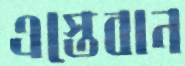
এস্তেবান